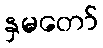
နှမတော်